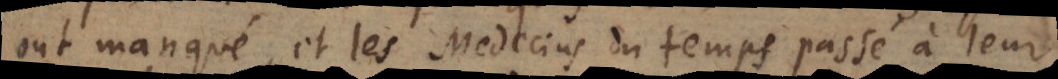
ont manqué, et les Medecins du temps passé à leur